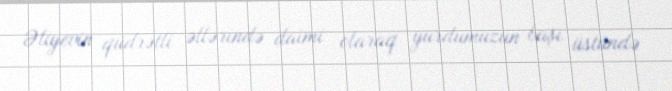
Əliyevin qüdrətli əllərində daimi olaraq yurdumuzun başı üstündə